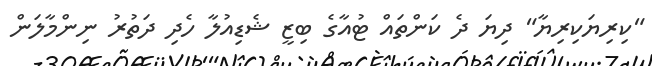
"ކިރިޔަކިރިޔާ" ދިޔަ ދެ ކަންތައް ޓުއާގެ ބިޒީ ޝެޑިއުލާ ހެދި ދަތުރު ނިންމާލަން